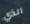
الذي